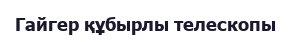
Гайгер құбырлы телескопы